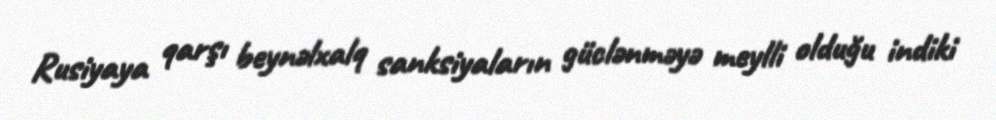
Rusiyaya qarşı beynəlxalq sanksiyaların güclənməyə meylli olduğu indiki